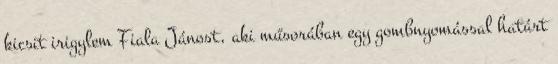
kicsit irigylem Fiala Jánost, aki műsorában egy gombnyomással határt